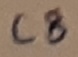
Text: C8